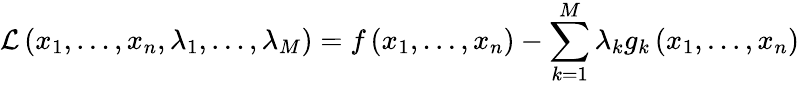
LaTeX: {\mathcal{L}}\left(x_{1},\ldots,x_{n},\lambda_{1},\ldots,\lambda_{M}\right)=f\left(x_{1},\ldots,x_{n}\right)-\sum_{k=1}^{M}{\lambda_{k}g_{k}\left(x_{1},\ldots,x_{n}\right)}